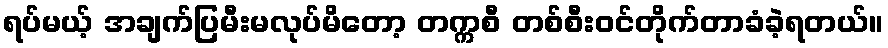
ရပ်မယ့် အချက်ပြမီးမလုပ်မိတော့ တက္ကစီ တစ်စီးဝင်တိုက်တာခံခဲ့ရတယ်။